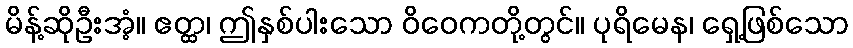
မိန့်ဆိုဦးအံ့။ ဧတ္ထ၊ ဤနှစ်ပါးသော ဝိဝေကတို့တွင်။ ပုရိမေန၊ ရှေ့ဖြစ်သော